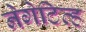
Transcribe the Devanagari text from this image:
नेगेटिव्ह